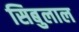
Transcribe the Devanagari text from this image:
सिबुलाल